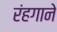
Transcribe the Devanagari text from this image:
रंहगाने